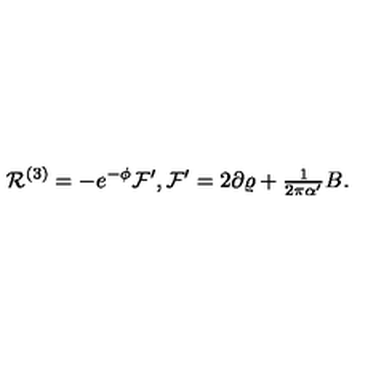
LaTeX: { \cal R } ^ { ( 3 ) } = - e ^ { - \phi } { \cal F } ^ { \prime } , { \cal F } ^ { \prime } = 2 \partial \varrho + { \textstyle \frac { 1 } { 2 \pi \alpha ^ { \prime } } } B .